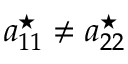
a _ { 1 1 } ^ { \star } \neq a _ { 2 2 } ^ { \star }